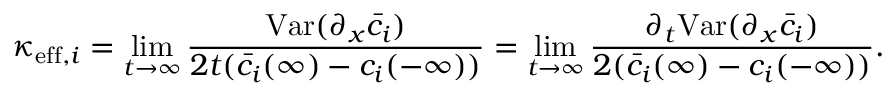
\kappa _ { \mathrm { e f f } , i } = \operatorname* { l i m } _ { t \rightarrow \infty } \frac { \mathrm { V a r } ( \partial _ { x } \bar { c } _ { i } ) } { 2 t ( \bar { c } _ { i } ( \infty ) - c _ { i } ( - \infty ) ) } = \operatorname* { l i m } _ { t \rightarrow \infty } \frac { \partial _ { t } \mathrm { V a r } ( \partial _ { x } \bar { c } _ { i } ) } { 2 ( \bar { c } _ { i } ( \infty ) - c _ { i } ( - \infty ) ) } .